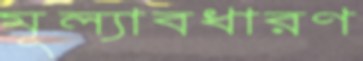
মূল্যাবধারণ